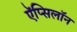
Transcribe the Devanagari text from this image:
ऍप्सिलॉन